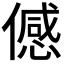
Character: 𬿯